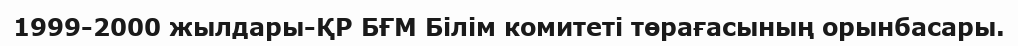
1999-2000 жылдары-ҚР БҒМ Білім комитеті төрағасының орынбасары.